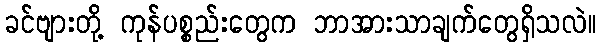
ခင်ဗျားတို့ ကုန်ပစ္စည်းတွေက ဘာအားသာချက်တွေရှိသလဲ။